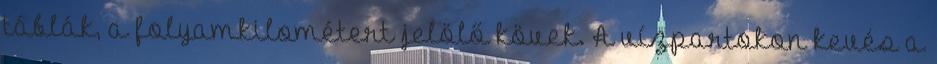
táblák, a folyamkilométert jelölő kövek. A vízpartokon kevés a